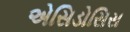
એસિડોસિસ